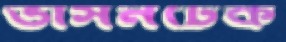
ভাসনটেক